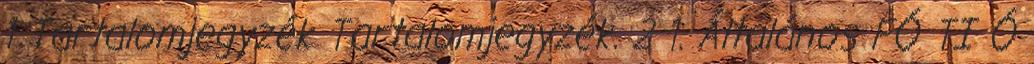
1 Tartalomjegyzék Tartalomjegyzék. 2 1. Általános FÓ TI Ó